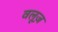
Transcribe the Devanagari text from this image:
वलूज़